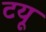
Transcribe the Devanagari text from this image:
टयू